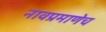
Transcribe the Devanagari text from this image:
नावप्रमाणेच